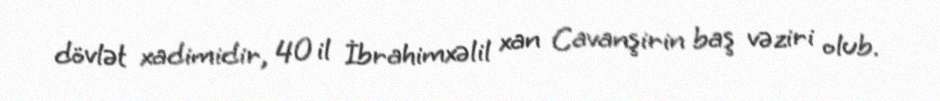
dövlət xadimidir, 40 il İbrahimxəlil xan Cavanşirin baş vəziri olub.